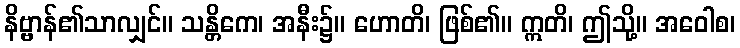
နိဗ္ဗာန်၏သာလျှင်။ သန္တိကေ၊ အနီး၌။ ဟောတိ၊ ဖြစ်၏။ ဣတိ၊ ဤသို့။ အဝေါစ၊